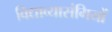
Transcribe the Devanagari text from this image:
विद्याव्यासंगियों